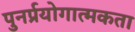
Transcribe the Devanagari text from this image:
पुनर्प्रयोगात्मकता